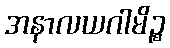
အနာလယဂါမိဉ္စ